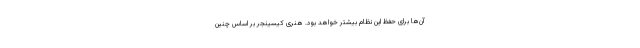
آن‌ها برای حفظ این نظام بیشتر خواهد بود. هنری کیسینجر بر اساس چنین